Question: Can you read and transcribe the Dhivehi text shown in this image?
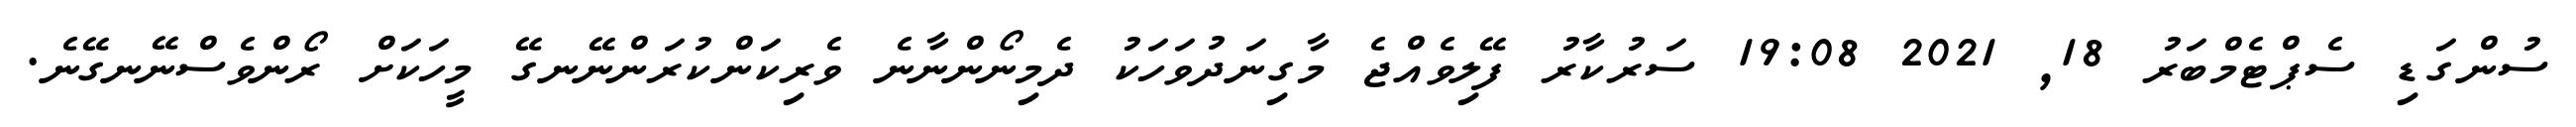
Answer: ސުންގަޑި ސެޕްޓެމްބަރު 18, 2021 19:08 ސަރުކާރު ފޭލިވެއްޖެ މާގިނަދުވަހަކު ދެމިނޯންނާނެ ވެރިކަންކުރަންނޭނގޭ މީހަކަށް ރޯންވެސްނޭނގޭނެ.